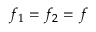
f _ { 1 } = f _ { 2 } = f